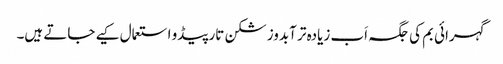
گہرائی بم کی جگہ اَب زیادہ تر آبدوز شکن تارپیڈو استعمال کیے جاتے ہیں۔